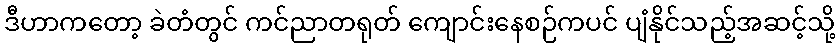
ဒီဟာကတော့ ခဲတံတွင် ကင်ညာတရုတ် ကျောင်းနေစဉ်ကပင် ပျံနိုင်သည့်အဆင့်သို့